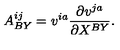
A _ { B Y } ^ { i j } = v ^ { i a } { \frac { \partial v ^ { j a } } { \partial X ^ { B Y } } } .